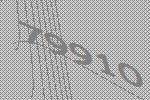
79910